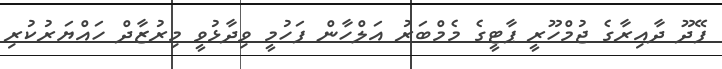
ފޭދޫ ދާއިރާގެ ޖުމްހޫރީ ޕާޓީގެ މެމްބަރު އަލްހާން ފަހުމީ ވިދާޅުވީ މިރުޒާދް ހައްޔަރުކުރި